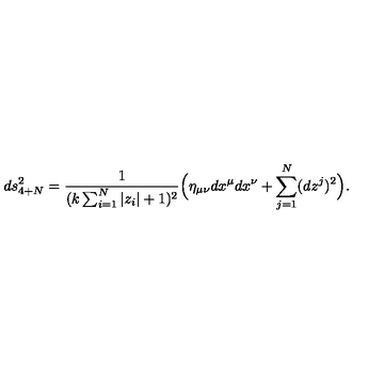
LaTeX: d s _ { 4 + N } ^ { 2 } = \frac { 1 } { ( k \sum _ { i = 1 } ^ { N } | z _ { i } | + 1 ) ^ { 2 } } \Big ( \eta _ { \mu \nu } d x ^ { \mu } d x ^ { \nu } + \sum _ { j = 1 } ^ { N } ( d z ^ { j } ) ^ { 2 } \Big ) .